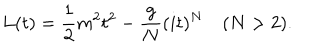
L ( t ) = { \frac { 1 } { 2 } } m ^ { 2 } t ^ { 2 } - { \frac { g } { N } } ( i t ) ^ { N } \quad ( N > 2 ) .